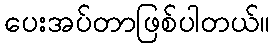
ပေးအပ်တာဖြစ်ပါတယ်။